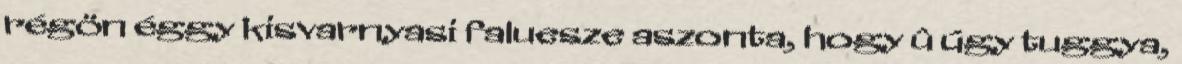
régön éggy kisvarnyasi faluesze aszonta, hogy û úgy tuggya,